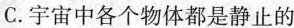
C.宇宙中各个物体都是静止的